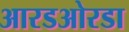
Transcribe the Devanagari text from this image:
आरडओरडा